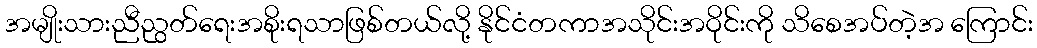
အမျိုးသားညီညွတ်ရေးအစိုးရသာဖြစ်တယ်လို့ နိုင်ငံတကာအသိုင်းအဝိုင်းကို သိစေအပ်တဲ့အ ကြောင်း